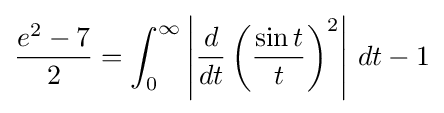
{\frac {e^{2}-7}{2}}=\int _{0}^{\infty }\left|{{\frac {d}{dt}}\left({\frac {\sin t}{t}}\right)^{2}}\right|\,dt-1